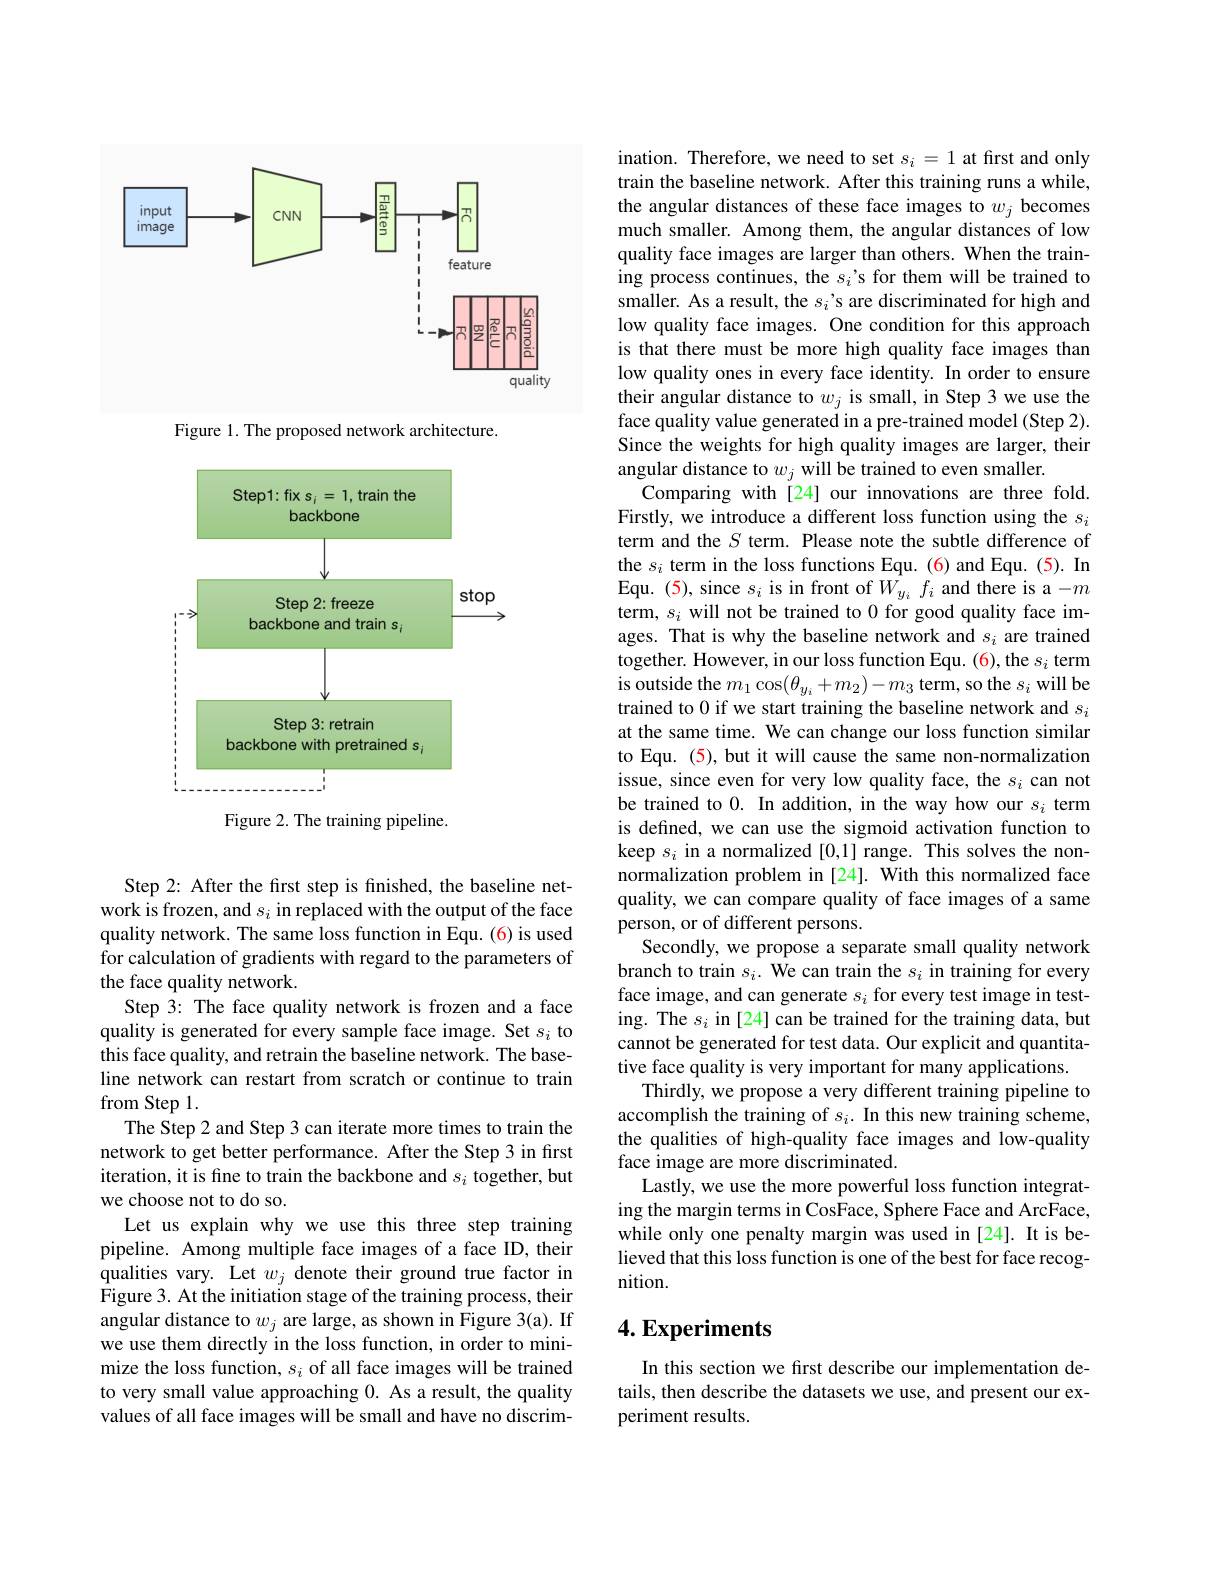
<FigureHere>

Figure 1. The proposed network architecture.

<FigureHere>

Figure 2. The training pipeline.

Step 2: After the first step is finished, the baseline network is frozen, and $s_i$ in replaced with the output of the face quality network. The same loss function in Equ. (6) is used for calculation of gradients with regard to the parameters of the face quality network.
Step 3: The face quality network is frozen and a face quality is generated for every sample face image. Set $s_i$ to this face quality, and retrain the baseline network. The baseline network can restart from scratch or continue to train from Step 1.
The Step 2 and Step 3 can iterate more times to train the network to get better performance. After the Step 3 in first iteration, it is fine to train the backbone and $s_i$ together, but we choose not to do so.
Let us explain why we use this three step training pipeline. Among multiple face images of a face ID, their qualities vary. Let $w_j$ denote their ground true factor in Figure 3. At the initiation stage of the training process, their angular distance to $w_j$ are large, as shown in Figure 3(a). If we use them directly in the loss function, in order to minimize the loss function, $s_i$ of all face images will be trained to very small value approaching 0. As a result, the quality values of all face images will be small and have no discrim-

ination. Therefore, we need to set $s_i=1$ at first and only train the baseline network. After this training runs a while, the angular distances of these face images to $w_j$ becomes much smaller. Among them, the angular distances of low quality face images are larger than others. When the training process continues, the $s_i$'s for them will be trained to smaller. As a result, the $s_i$'s are discriminated for high and low quality face images. One condition for this approach is that there must be more high quality face images than low quality ones in every face identity. In order to ensure their angular distance to $w_j$ is small, in Step 3 we use the face quality value generated in a pre-trained model (Step 2). Since the weights for high quality images are larger, their angular distance to $w_j$ will be trained to even smaller.
Comparing with [24] our innovations are three fold. Firstly, we introduce a different loss function using the $s_i$ term and the $S$ term. Please note the subtle difference of the $s_i$ term in the loss functions Equ. (6) and Equ. (5). In Equ. (5), since $s_i$ is in front of $W_{y_i}f_i$ and there is a -m term, $s_i$ will not be trained to 0 for good quality face images. That is why the baseline network and $s_i$ are trained together. However, in our loss function Equ. (6), the $s_i$ term is outside the $m_1\cos(\theta_{y_i}+m_2)-m_3$ term, so the $s_i$ will be trained to 0 if we start training the baseline network and $s_i$ at the same time. We can change our loss function similar to Equ. (5), but it will cause the same non-normalization issue, since even for very low quality face, the $s_i$ can not be trained to 0. In addition, in the way how our $s_i$ term is defined, we can use the sigmoid activation function to keep $s_i$ in a normalized [0,1] range. This solves the nonnormalization problem in [24]. With this normalized face quality, we can compare quality of face images of a same person, or of different persons.
Secondly, we propose a separate small quality network branch to train $s_i.$ We can train the $s_i$ in training for every face image, and can generate $s_i$ for every test image in testing. The $s_i$ in[24] can be trained for the training data, but cannot be generated for test data. Our explicit and quantitative face quality is very important for many applications.
Thirdly, we propose a very different training pipeline to accomplish the training of $s_i.$ In this new training scheme, the qualities of high-quality face images and low-quality face image are more discriminated.
Lastly, we use the more powerful loss function integrating the margin terms in CosFace, Sphere Face and ArcFace, while only one penalty margin was used in [24]. It is believed that this loss function is one of the best for face recognition.

# 4. Experiments

In this section we first describe our implementation details, then describe the datasets we use, and present our experiment results.